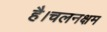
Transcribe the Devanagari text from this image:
है।चलनक्षम